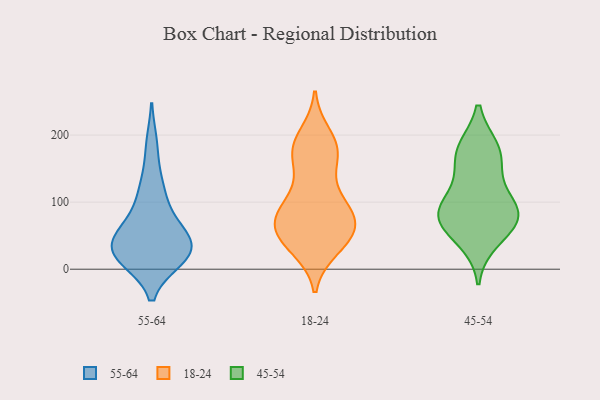
{"axis": {"x": "Latency (ms)", "y": "Value"}, "legend": ["18-24", "45-54", "55-64"], "data": [{"x": "", "y": 125, "type": "55-64"}, {"x": "", "y": 185, "type": "55-64"}, {"x": "", "y": 20, "type": "55-64"}, {"x": "", "y": 19, "type": "55-64"}, {"x": "", "y": 28, "type": "55-64"}, {"x": "", "y": 50, "type": "55-64"}, {"x": "", "y": 78, "type": "55-64"}, {"x": "", "y": 19, "type": "55-64"}, {"x": "", "y": 16, "type": "55-64"}, {"x": "", "y": 48, "type": "55-64"}, {"x": "", "y": 111, "type": "55-64"}, {"x": "", "y": 35, "type": "55-64"}, {"x": "", "y": 52, "type": "55-64"}, {"x": "", "y": 79, "type": "18-24"}, {"x": "", "y": 84, "type": "18-24"}, {"x": "", "y": 90, "type": "18-24"}, {"x": "", "y": 199, "type": "18-24"}, {"x": "", "y": 32, "type": "18-24"}, {"x": "", "y": 103, "type": "18-24"}, {"x": "", "y": 50, "type": "18-24"}, {"x": "", "y": 167, "type": "18-24"}, {"x": "", "y": 56, "type": "18-24"}, {"x": "", "y": 177, "type": "18-24"}, {"x": "", "y": 184, "type": "18-24"}, {"x": "", "y": 42, "type": "18-24"}, {"x": "", "y": 70, "type": "18-24"}, {"x": "", "y": 167, "type": "18-24"}, {"x": "", "y": 52, "type": "18-24"}, {"x": "", "y": 182, "type": "18-24"}, {"x": "", "y": 84, "type": "18-24"}, {"x": "", "y": 69, "type": "18-24"}, {"x": "", "y": 35, "type": "18-24"}, {"x": "", "y": 125, "type": "18-24"}, {"x": "", "y": 121, "type": "45-54"}, {"x": "", "y": 88, "type": "45-54"}, {"x": "", "y": 43, "type": "45-54"}, {"x": "", "y": 82, "type": "45-54"}, {"x": "", "y": 79, "type": "45-54"}, {"x": "", "y": 179, "type": "45-54"}, {"x": "", "y": 178, "type": "45-54"}, {"x": "", "y": 162, "type": "45-54"}, {"x": "", "y": 67, "type": "45-54"}, {"x": "", "y": 83, "type": "45-54"}]}